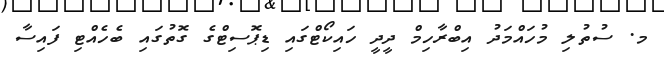
މ. ސުތުލި މުހައްމަދު އިބްރާހިމް ދީދީ ހައިކޯޓްގައި ޑިޕޮސިޓްގެ ގޮތުގައި ބެހެއްޓި ފައިސާ